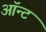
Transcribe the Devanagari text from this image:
ऑन्ट